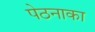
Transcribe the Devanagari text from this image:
पेठनाका